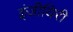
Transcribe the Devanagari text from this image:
इंजीयिरी